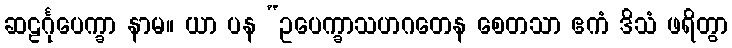
ဆဠင်္ဂုပေက္ခာ နာမ။ ယာ ပန “ဥပေက္ခာသဟဂတေန စေတသာ ဧကံ ဒိသံ ဖရိတွာ